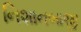
નિશાનબાજી